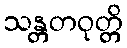
သန္တတဝုတ္တိ